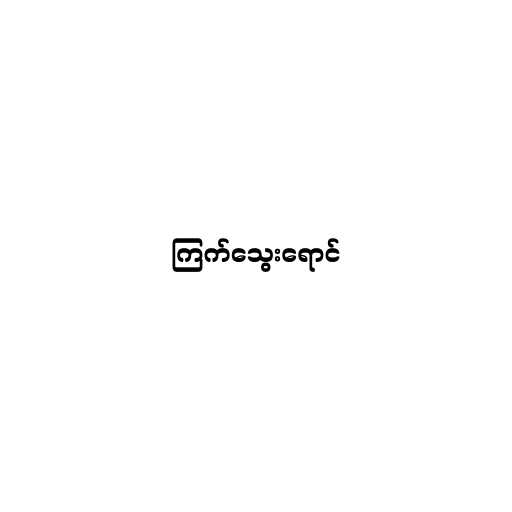
ကြက်သွေးရောင်